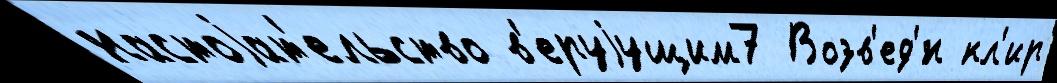
настоjат'ельство в'еруjущим7 Возв'ед'́н кл'ир